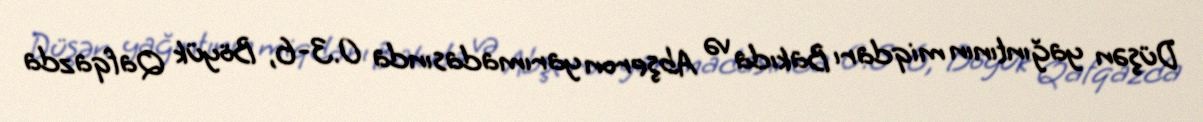
Düşən yağıntının miqdarı Bakıda və Abşeron yarımadasında 0.3-6, Böyük Qafqazda